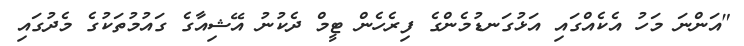
"އަންނަ މަހު އެކެއްގައި އަޅުގަނޑުމެންގެ ފިރެހެން ޓީމް ދެކުނު އޭޝިއާގެ ގައުމުތަކުގެ މެދުގައި